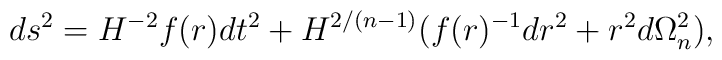
ds^2 = H^{-2} f(r) dt^2 + H^{2/(n-1)}(f(r)^{-1}dr^2 +r^2 d\Omega_n^2),